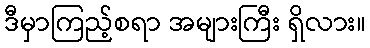
ဒီမှာကြည့်စရာ အများကြီး ရှိလား။